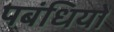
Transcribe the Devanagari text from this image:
पबंधियों